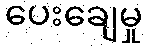
ပေးချေမှု